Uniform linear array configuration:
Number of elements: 12
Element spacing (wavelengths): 1
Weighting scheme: blackman
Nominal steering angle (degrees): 15
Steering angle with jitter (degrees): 15.607
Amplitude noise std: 0.05
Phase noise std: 0.05

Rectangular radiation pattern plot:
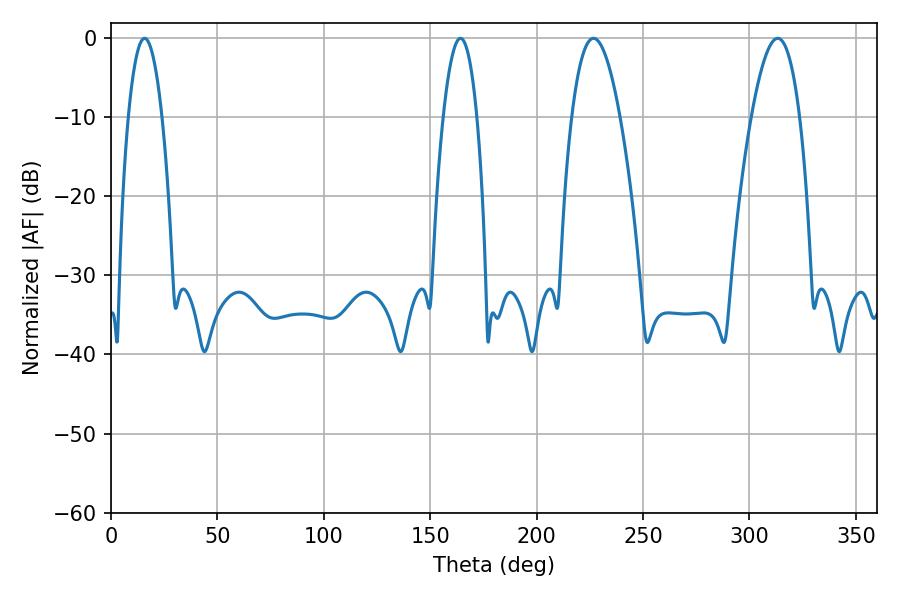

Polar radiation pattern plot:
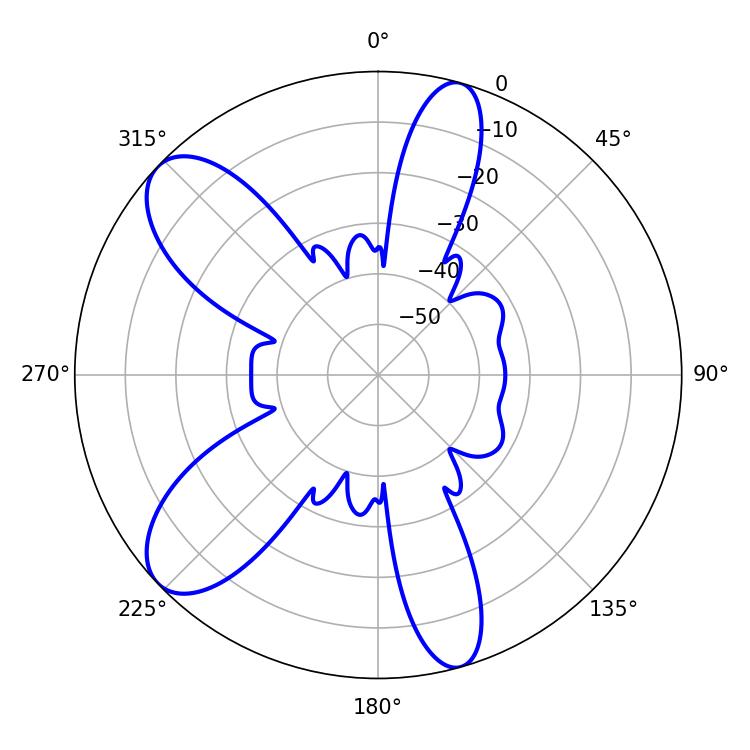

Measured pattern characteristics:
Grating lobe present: TRUE
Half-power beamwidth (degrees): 12.42
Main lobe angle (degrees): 226.8